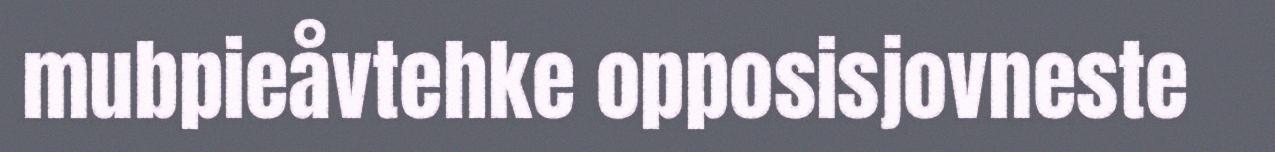
mubpieåvtehke opposisjovneste